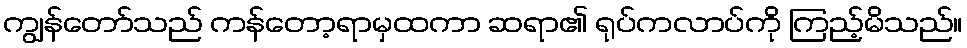
ကျွန်တော်သည် ကန်တော့ရာမှထကာ ဆရာ၏ ရုပ်ကလာပ်ကို ကြည့်မိသည်။